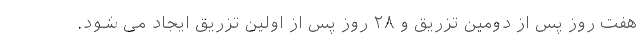
هفت روز پس از دومین تزریق و ۲۸ روز پس از اولین تزریق ایجاد می شود.